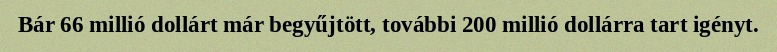
Bár 66 millió dollárt már begyűjtött, további 200 millió dollárra tart igényt.